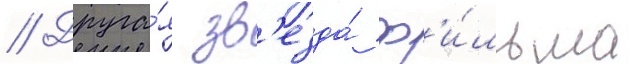
// Друга́я зв'езда́ ф'и́льма